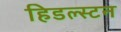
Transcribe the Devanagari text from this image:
हिडल्स्टन